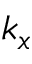
k _ { x }